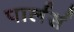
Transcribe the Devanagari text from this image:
पार्लर्स